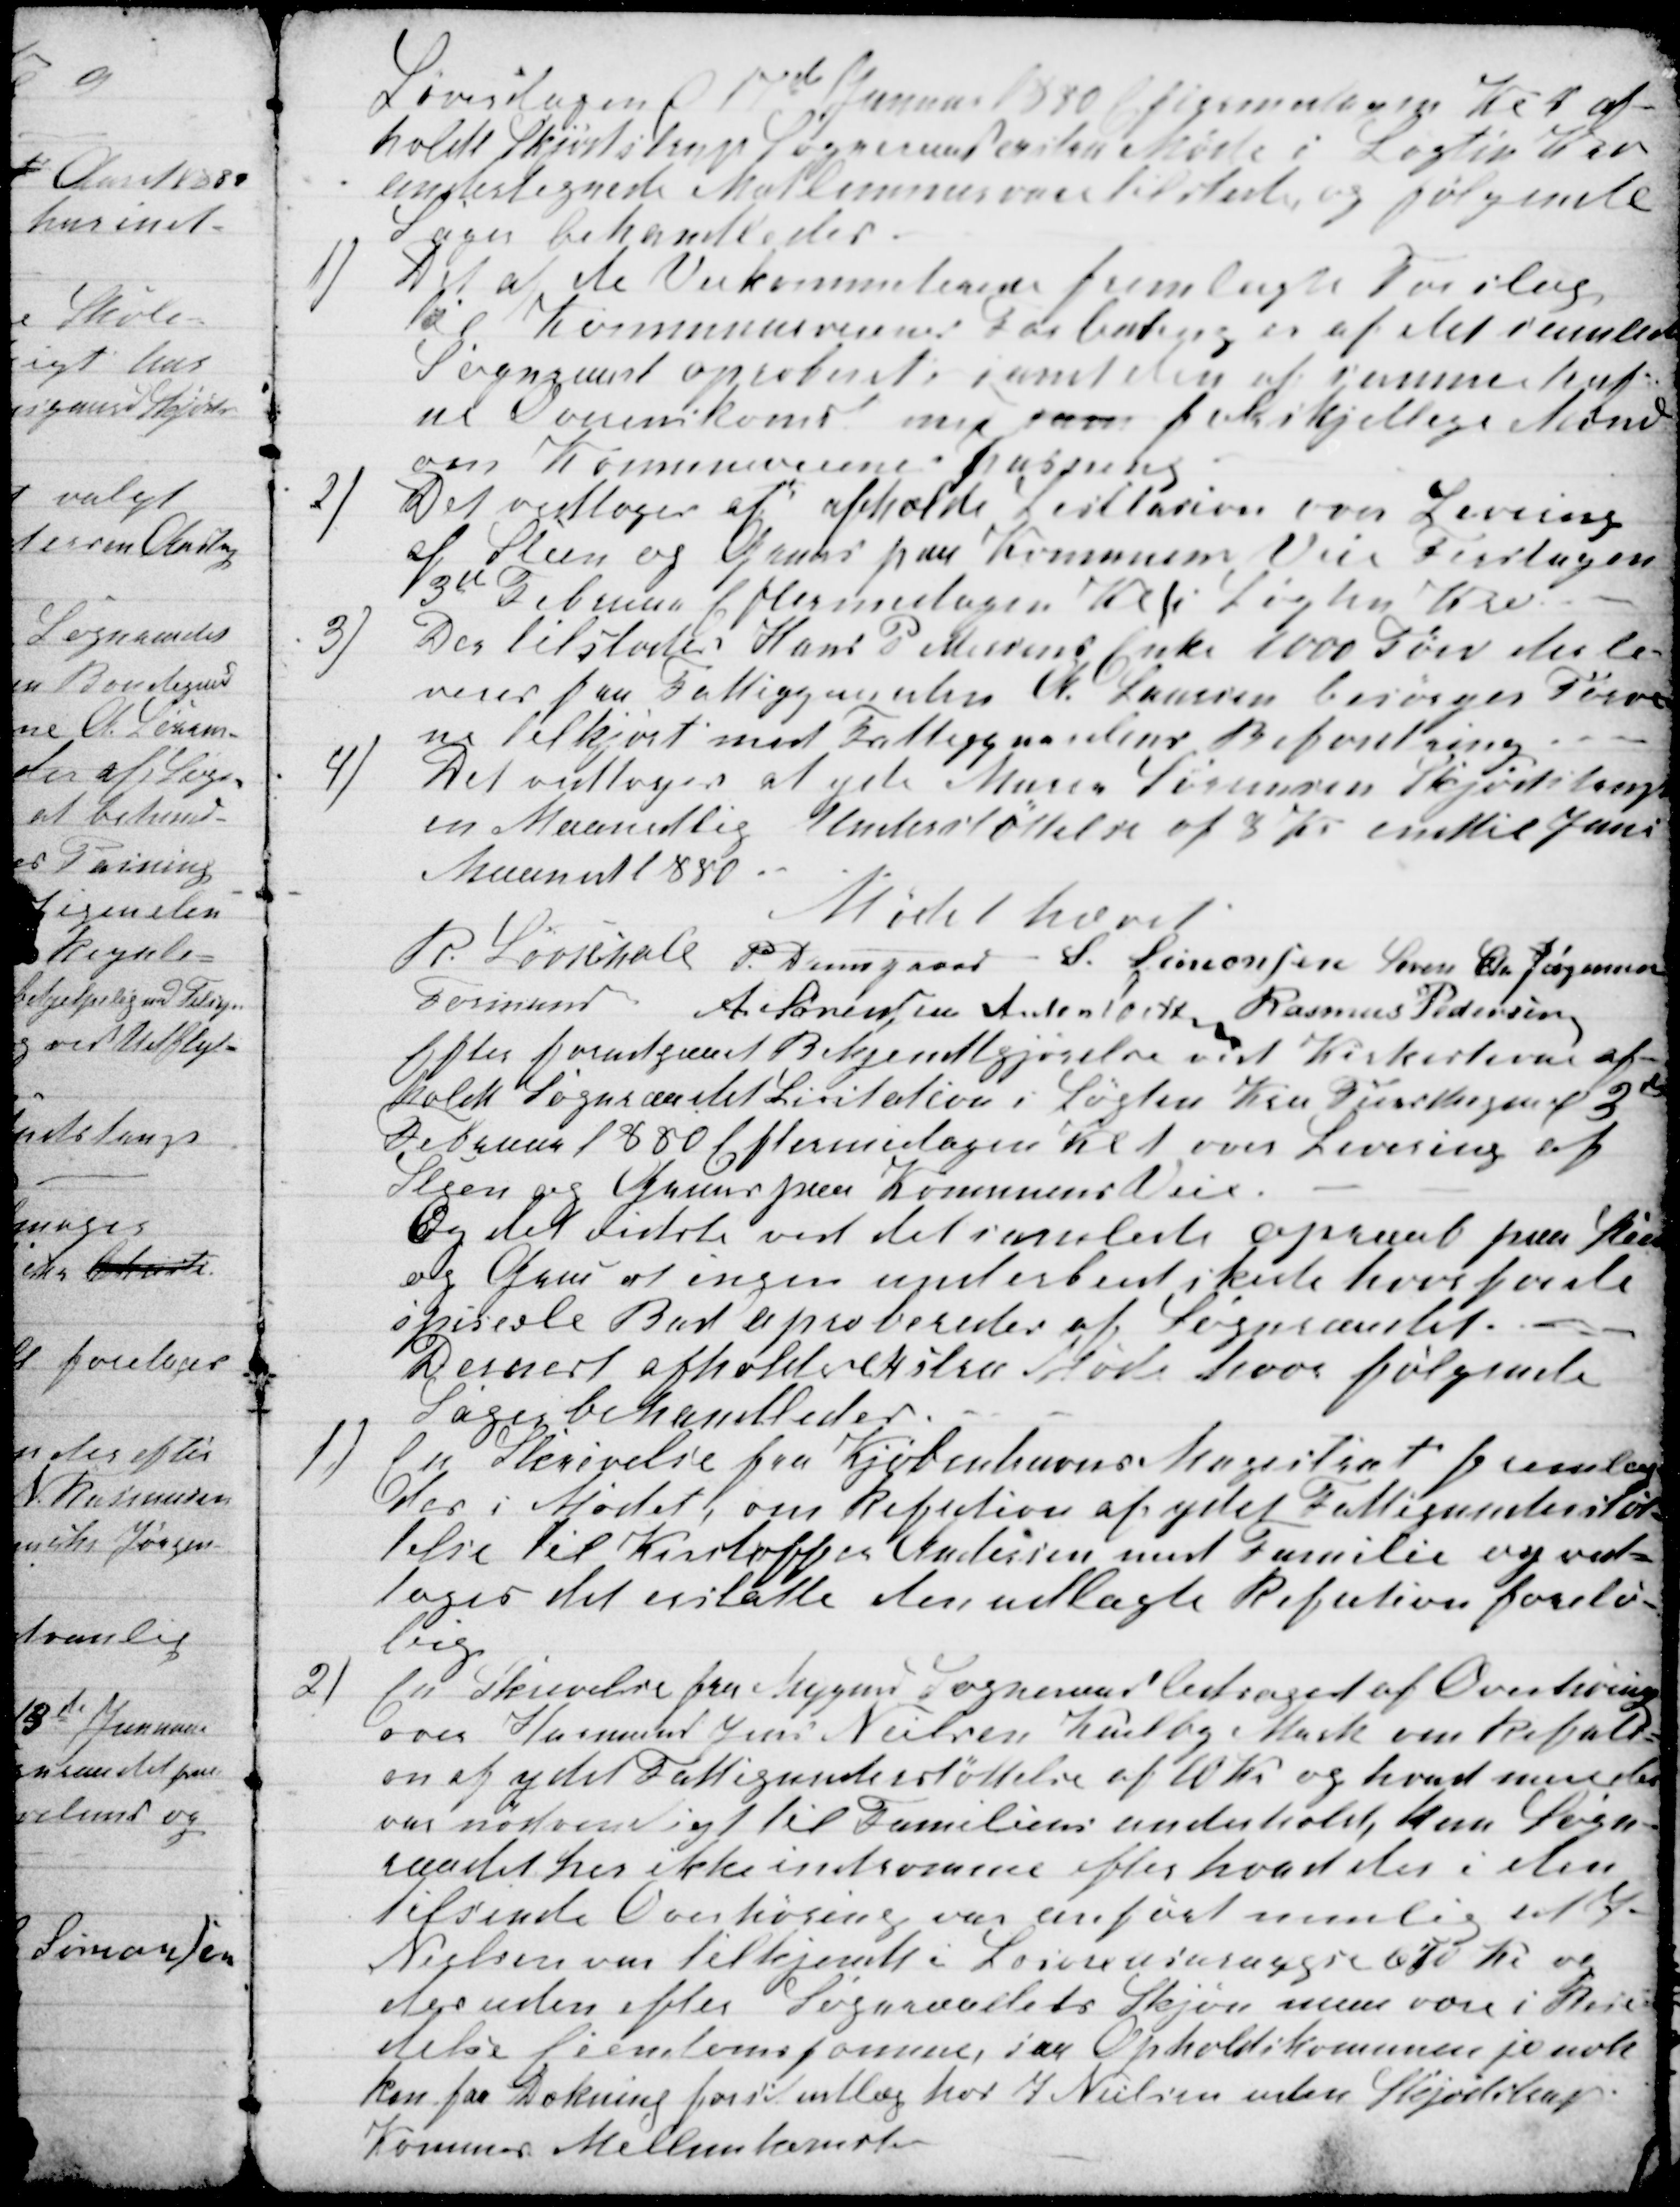
Transskription:
Løverdagen d 17de Januar 1880 Eftermidagen Kl 1 af-
holdt Skødstrup Sogneraad exstra Møde i Løgten Kro
undertegnede Medlemmer vare tilstede og følgende
Sager behandledes.
1)
Det af de Vejkommiterede fremlagte Forslag
til Kommuneveienes Forbedring er af det samlede
Sogneraad aproberet samt den af samme truf-
ne Overenskomst med sam forskjellige Mænd
om Kommuneveienes pasning.
2)
Det vedtoges at afholde Lisitation over Levering
af Steen og Gruus paa Komunens Veie Tirsdagen
3de Februar Eftermidagen Kl 1 i Løgten Kro.
3)
Der tilstodes Hans P. Massens Enke 1000 Tørv der le-
veres paa Fattiggaarden A. Laursen besørger Tørve-
ne tilkjørt med Fattiggaardens Befordring
4)
Det vedtoges at yde Murer Sørensen Skjødstrup
en Maanedlig Understøttelse af 3 Kr indtil Juni
Maaned 1880.
Mødet hævet
R. Løvschall 
Formand
P. Damsgaard  S. Simonsen Søren Chr Jørgensen
A. Sørensen Anton Laursen Rasmus Pedersen
Efter forudgaaet Bekjendtgjørelse ved Kirkestevne af-
holdt Sogneraadet Lisitation i Løgten Kro Tirsdagen af 3de
Februar 1880 Eftermidagen Kl 1 over Levering af
Steen og Gruus paa Komunens Veie.
Og det vidste ved det samlede opraab paa Steen
og Grus at ingen underbud skete hvorfor de
spiseale Bud aproberedes af Sogneraadet.
Dernest afholdtes exstra Møde hvor følgende
Sager behandledes.
1)
En Skrivelse fra Kjøbenhavns Magistrat fremlag-
des i Mødet, om Refution af ydet Fattigunderstøt-
telse til Kristoffer Andersen med Familie og ved-
toges det erstatte den udlagte Refution forelø-
big
2)
En Skrivelse fra Mygind Sogneraad ledsaget af Overhøring
over Husmand Jens Nielsen Karlby Mark om Refuti=
on af ydet Fattigunderstøttelse af 10 Kr og hvad mere der 
var nødvendigt til Familiens underhold, kan Sogne-
raadet her ikke indrømme efter hvad der i den
tilsende Overhøring var anført nemlig at J.
Nielsen var tilkjendt i Løsøre andragende 670 Kr og
desuden efter Sogneraadets Skjøn menes være i Besi-
delse af Eiendomsformue, saa Opholdskommune jo nok
kan faa Dækning for sit udlæg hos J. Nielsen uden Skjødstrup
Komunes Mellemkomst